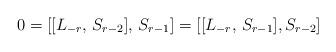
LaTeX: \begin{align*}0 = [[L_{-r}, \, S_{r-2}], \, S_{r-1}] = [[L_{-r}, \, S_{r-1}], S_{r-2}]\end{align*}